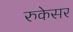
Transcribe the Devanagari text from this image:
रुकेसर